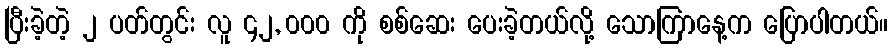
ပြီးခဲ့တဲ့ ၂ ပတ်တွင်း လူ ၄၂, ၀၀၀ ကို စစ်ဆေး ပေးခဲ့တယ်လို့ သောကြာနေ့က ပြောပါတယ်။